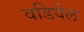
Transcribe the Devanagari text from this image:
वडिवेल